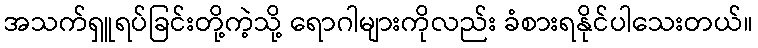
အသက်ရှူရပ်ခြင်းတို့ကဲ့သို့ ရောဂါများကိုလည်း ခံစားရနိုင်ပါသေးတယ်။